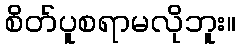
စိတ်ပူစရာမလိုဘူး။